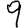
Digit: 9